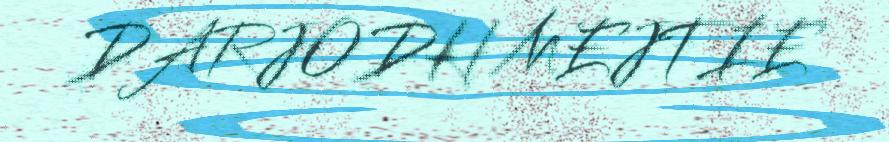
DARJODH MEJTIE